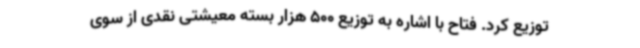
توزیع کرد. فتاح با اشاره به توزیع 500 هزار بسته معیشتی نقدی از سوی